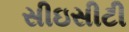
સીઇસીટી